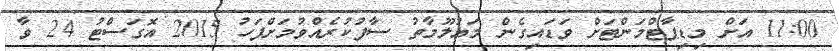
11:00 އަށް މިޑިޕާޓްމަންޓަށް ވަޑައިގެން މަޢުލޫމާތު ސާފުކުރެއްވުމަށްފަހު 2015 އޮގަސްޓު 24 ވާ